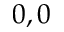
0 , 0